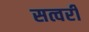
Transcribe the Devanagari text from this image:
सत्वरी